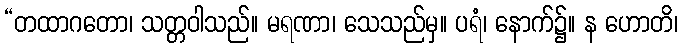
“တထာဂတော၊ သတ္တဝါသည်။ မရဏာ၊ သေသည်မှ။ ပရံ၊ နောက်၌။ န ဟောတိ၊